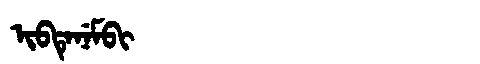
Manchu: ᡳᠪᡨᡝᠨᡝᠮᠪᡳ
Romanization: IBTENEMBI